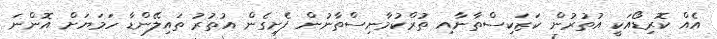
އެއް ކޮރިޑޯއަކީ އުތުރުން ކަޒަކިސްތާނާއި ތުރްކުމާނިސްތާނުން ފެށިގެން އުތުރު ތައިލޭންޑާ ހަމަޔަށް އޮންނަ